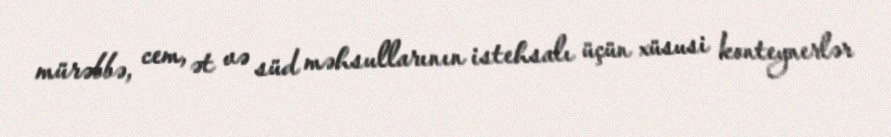
mürəbbə, cem, ət və süd məhsullarının istehsalı üçün xüsusi konteynerlər